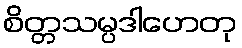
စိတ္တသမ္ပဒါဟေတု